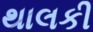
થાલકી